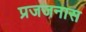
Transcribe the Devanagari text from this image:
प्रजजनास